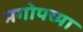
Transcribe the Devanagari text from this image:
मगोपच्या